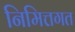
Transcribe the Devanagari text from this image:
निमित्तगत